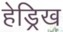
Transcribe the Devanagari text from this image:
हेड्रिख